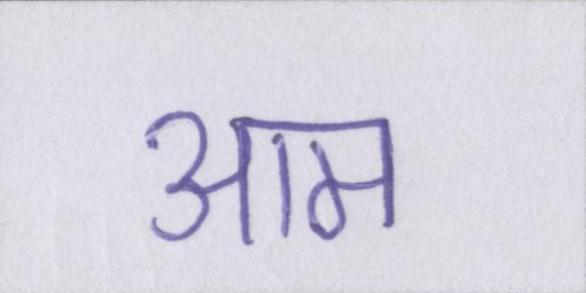
आम